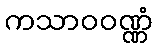
ကသာဝဝဏ္ဏံ